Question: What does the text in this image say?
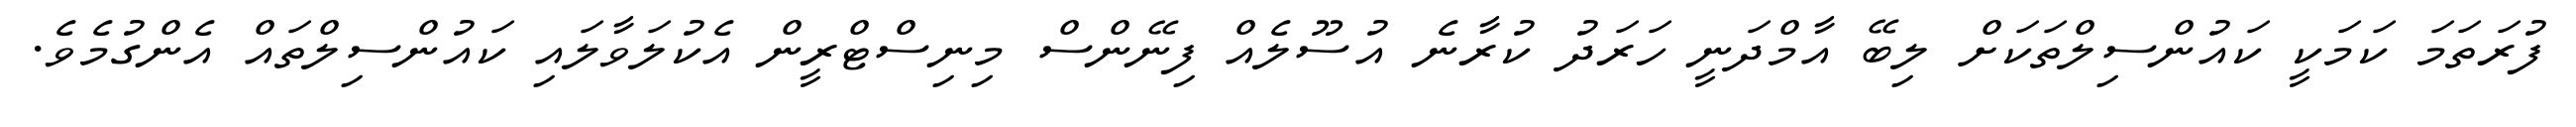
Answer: ފުރަތަމަ ކަމަކީ ކައުންސިލްތަކަށް ލިބޭ އާމްދަނީ ހަރަދު ކުރާނެ އުސޫލެއް ފިނޭންސް މިނިސްޓްރީން އެކުލަވާލައި ކައުންސިލްތައް އެންގުމެވެ.